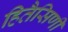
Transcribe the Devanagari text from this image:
हितैसिणी